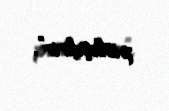
pisləşdirir”.